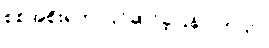
စစ်အစိုးရက ပြင်ဆင်ခဲ့ပြန်ပါတယ်။